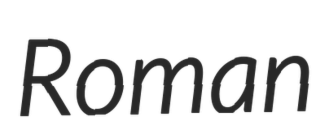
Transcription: Roman